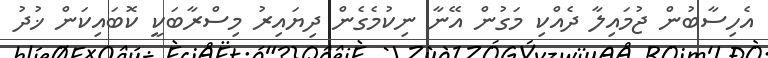
އެހިސާބުން ޖުމައިލާ ދެއްކި މަގުން އޭނާ ނިކުމެގެން ދިޔައިރު މިސްރާބަކީ ކޮބައިކަން ޚުދު